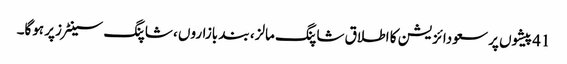
41پیشوں پر سعودائزیشن کا اطلاق شاپنگ مالز، بند بازاروں ، شاپنگ سینٹرزپر ہوگا۔